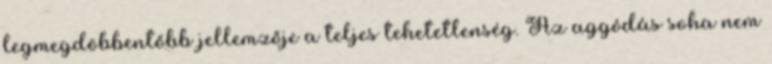
legmegdöbbentőbb jellemzője a teljes tehetetlenség. Az aggódás soha nem